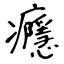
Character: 癮